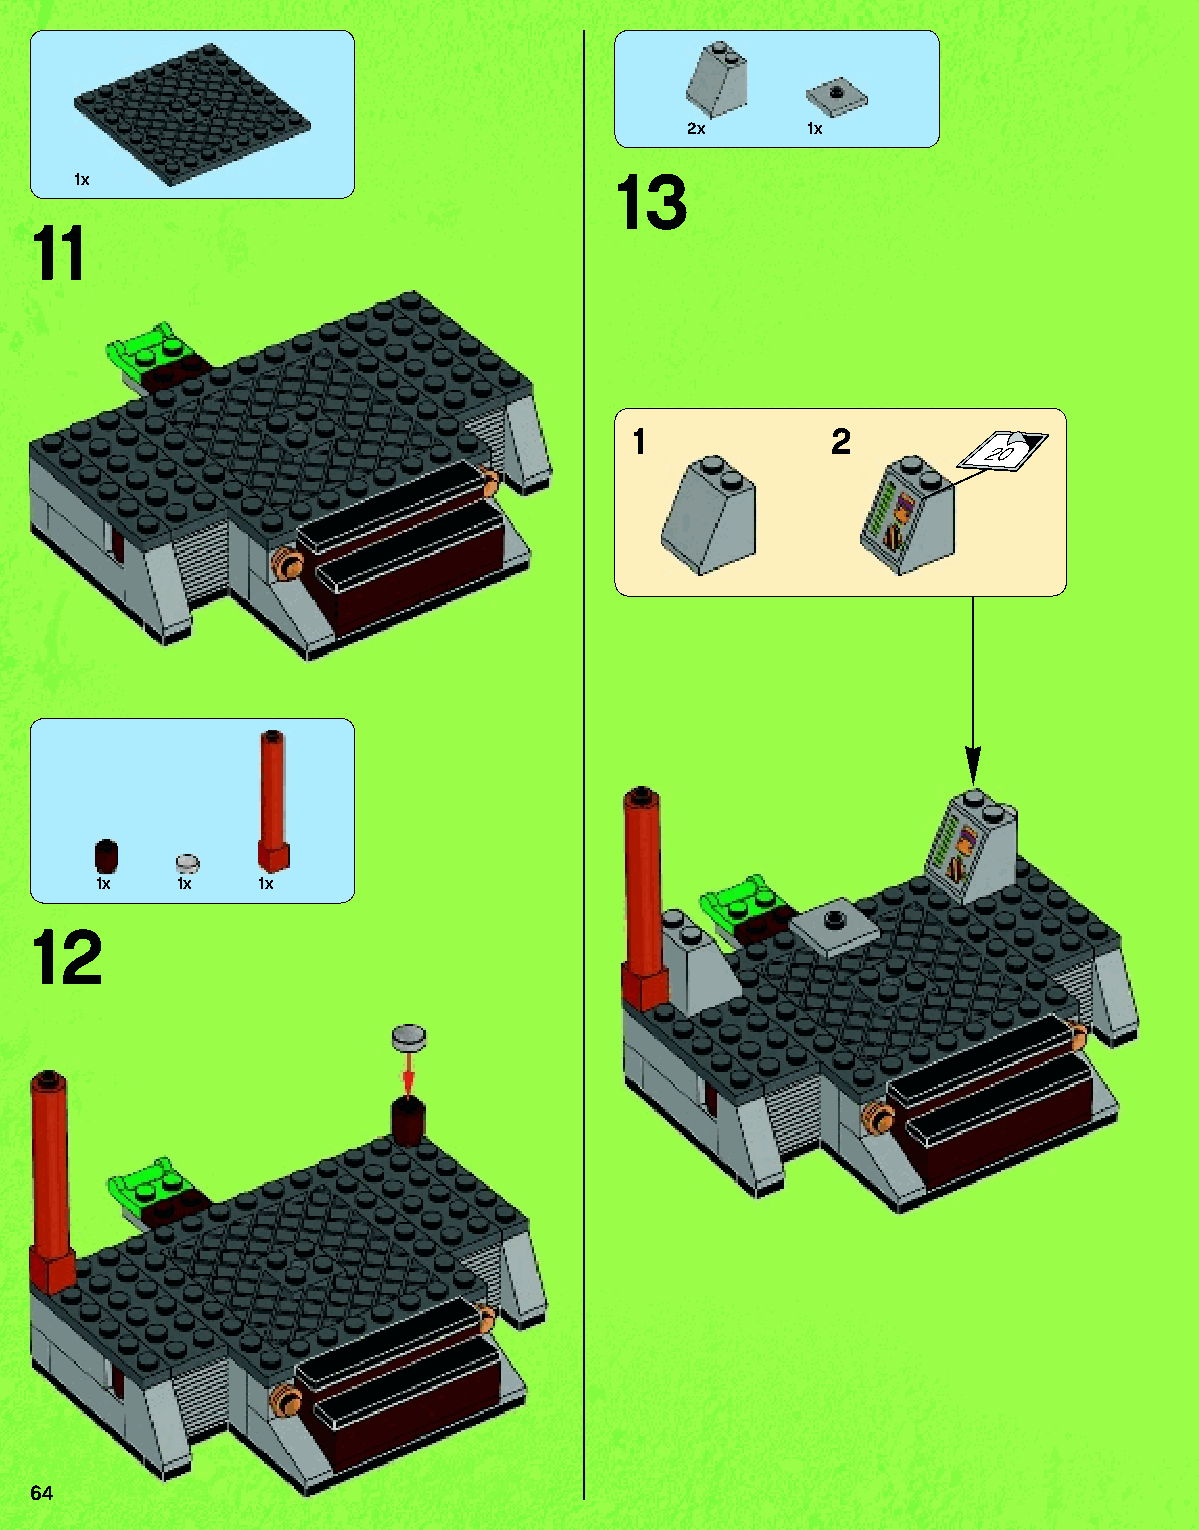
2x      1x
 1x                                  13
 11
 1            2
 20
 1x    1x   1x
 12
 64
 79117_Book1.indd 64                                               01/11/2013 4:35 PM